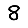
Digit: 8